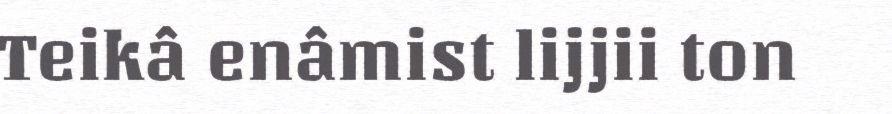
Teikâ enâmist lijjii ton